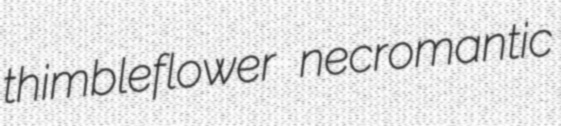
thimbleflower necromantic